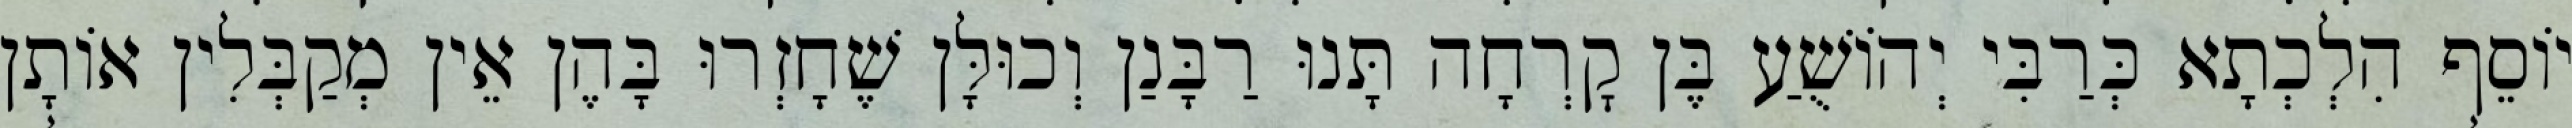
יוֹסֵף הִלְכְתָא כְּרַבִּי יְהוֹשֻׁעַ בֶּן קׇרְחָה תָּנוּ רַבָּנַן וְכוּלָּן שֶׁחָזְרוּ בָּהֶן אֵין מְקַבְּלִין אוֹתָן